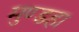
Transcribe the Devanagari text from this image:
मुण्डहा